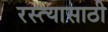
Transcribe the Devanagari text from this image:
रस्त्यासाठी